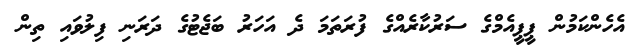
އެހެންކަމުން ޕީޕީއެމްގެ ސަރުކާރެއްގެ ފުރަތަމަ ދެ އަހަރު ބަޖެޓުގެ ދަރަނި ފިލުވައި ތިން